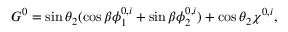
G ^ { 0 } = \sin \theta _ { 2 } ( \cos \beta \phi _ { 1 } ^ { 0 , i } + \sin \beta \phi _ { 2 } ^ { 0 , i } ) + \cos \theta _ { 2 } \chi ^ { 0 , i } ,